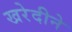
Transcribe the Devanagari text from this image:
खरेदीने